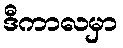
ဒီကာလမှာ